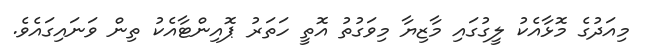
މިއަދުގެ މޮޅާއެެކު ލީގުގައި މާޒިޔާ މިވަގުތު އޮތީ ހަތަރު ޕޮއިންޓާއެކު ތިން ވަނައިގައެވެ.